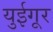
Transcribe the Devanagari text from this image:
युईगूर